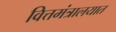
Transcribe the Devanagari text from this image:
वित्तमंत्रालयात